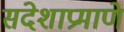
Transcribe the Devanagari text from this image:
संदेशाप्रमाणे